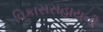
વિકાસસહાયની